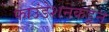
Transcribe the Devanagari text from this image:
फाउंडेशनकडून